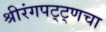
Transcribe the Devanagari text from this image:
श्रीरंगपट्ट्णचा